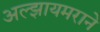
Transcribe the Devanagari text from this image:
अल्झायमराने